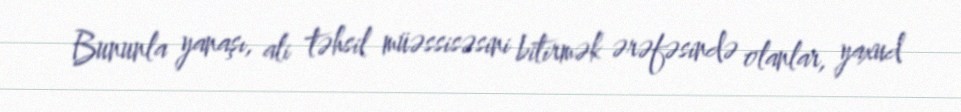
Bununla yanaşı, ali təhsil müəssisəsini bitirmək ərəfəsində olanlar, yaxud